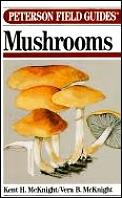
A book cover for A Field Guide to Mushrooms North America (Peterson Field Guides); Kent H. McKnight; Medical Books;